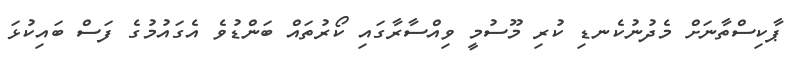
ޕާކިސްތާނަށް މެދުނުކެނޑި ކުރި މޫސުމީ ވިއްސާރާގައި ކޯރުތައް ބަންޑުވެ އެގައުމުގެ ފަސް ބައިކުޅަ